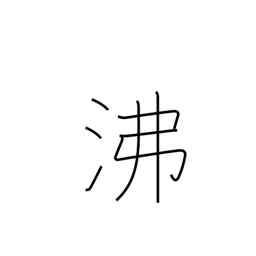
Meaning: breed